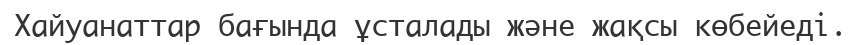
Хайуанаттар бағында ұсталады және жақсы көбейеді.